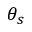
\theta _ { s }